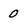
Character: 0